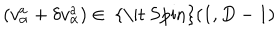
( v _ { \alpha } ^ { { a } } + \delta v _ { \alpha } ^ { { a } } ) \in \mathrm { ~ { \it ~ S p i n } } ( 1 , D - 1 )